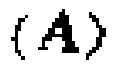
\((A)\)